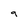
Character: 9